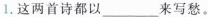
1.这两首诗都以___来写愁。